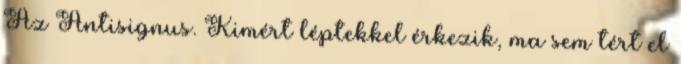
Az Antisignus. Kimért léptekkel érkezik, ma sem tért el